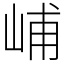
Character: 峬